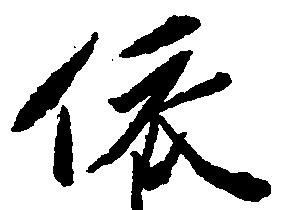
依